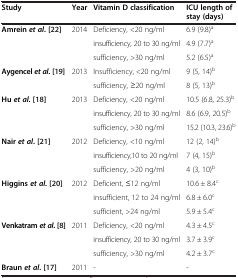
<table><thead><tr><td><b>Study</b></td><td><b>Year</b></td><td><b>Vitamin D classification</b></td><td><b>ICU length of stay (days)</b></td></tr></thead><tbody><tr><td rowspan="3"><b>Amrein</b><b><i>et al</i></b><b>.</b> [22]</td><td rowspan="3">2014</td><td>Deficiency, &lt;20 ng/ml</td><td>6.9 (9.8)<sup>a</sup></td></tr><tr><td>insufficiency, 20 to 30 ng/ml</td><td>4.9 (7.7)<sup>a</sup></td></tr><tr><td>sufficiency, &gt;30 ng/ml</td><td>5.2 (6.5)<sup>a</sup></td></tr><tr><td rowspan="2"><b>Aygencel</b><b><i>et al</i></b><b>.</b> [19]</td><td rowspan="2">2013</td><td>Insufficiency, &lt;20 ng/ml</td><td>9 (5, 14)<sup>b</sup></td></tr><tr><td>sufficiency, ≥20 ng/ml</td><td>8 (5, 13)<sup>b</sup></td></tr><tr><td rowspan="3"><b>Hu</b><b><i>et al</i></b><b>.</b> [18]</td><td rowspan="3">2013</td><td>Deficiency, &lt;20 ng/ml</td><td>10.5 (6.8, 25.3)<sup>b</sup></td></tr><tr><td>insufficiency, 20 to 30 ng/ml</td><td>8.6 (6.9, 20.5)<sup>b</sup></td></tr><tr><td>sufficiency, &gt;30 ng/ml</td><td>15.2 (10.3, 23.6)<sup>b</sup></td></tr><tr><td rowspan="3"><b>Nair</b><b><i>et al</i></b><b>.</b> [21]</td><td rowspan="3">2012</td><td>Deficiency, &lt;10 ng/ml</td><td>12 (2, 14)<sup>b</sup></td></tr><tr><td>insufficiency,10 to 20 ng/ml</td><td>7 (4, 15)<sup>b</sup></td></tr><tr><td>sufficiency, &gt;20 ng/ml</td><td>4 (3, 10)<sup>b</sup></td></tr><tr><td rowspan="3"><b>Higgins</b><b><i>et al</i></b><b>.</b> [20]</td><td rowspan="3">2012</td><td>Deficient, ≤12 ng/ml</td><td>10.6 ± 8.4<sup>c</sup></td></tr><tr><td>insufficient, 12 to 24 ng/ml</td><td>6.8 ± 6.0<sup>c</sup></td></tr><tr><td>sufficient, &gt;24 ng/ml</td><td>5.9 ± 5.4<sup>c</sup></td></tr><tr><td rowspan="3"><b>Venkatram</b><b><i>et al</i></b><b>.</b> [8]</td><td rowspan="3">2011</td><td>Deficiency, &lt;20 ng/ml</td><td>4.3 ± 4.5<sup>c</sup></td></tr><tr><td>insufficiency, 20 to 30 ng/ml</td><td>3.7 ± 3.9<sup>c</sup></td></tr><tr><td>sufficiency, &gt;30 ng/ml</td><td>4.2 ± 3.7<sup>c</sup></td></tr><tr><td><b>Braun</b><b><i>et al</i></b><b>.</b> [17]</td><td>2011</td><td>-</td><td>-</td></tr></tbody></table>